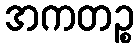
အကတဉ္စ